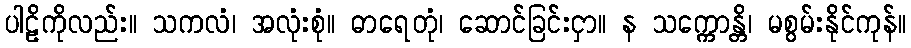
ပါဠိကိုလည်း။ သကလံ၊ အလုံးစုံ။ ဓာရေတုံ၊ ဆောင်ခြင်းငှာ။ န သက္ကောန္တိ၊ မစွမ်းနိုင်ကုန်။